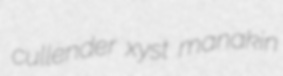
cullender xyst manakin